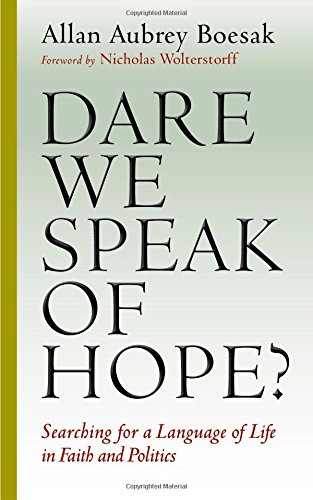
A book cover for Dare We Speak of Hope?: Searching for a Language of Life in Faith and Politics; Allan Aubrey Boesak; Christian Books & Bibles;